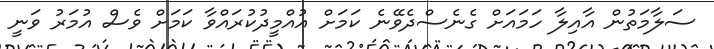
ސަލާމަތުން އާއިލާ ހަމައަށް ގެނެސްދެވޭނެ ކަމަށް އުއްމީދުކުރައްވާ ކަމަށް ވެސް އުމަރު ވަނީ